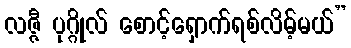
လဇ္ဇီ ပုဂ္ဂိုလ် စောင့်ရှောက်ရစ်လိမ့်မယ်”